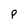
Character: P